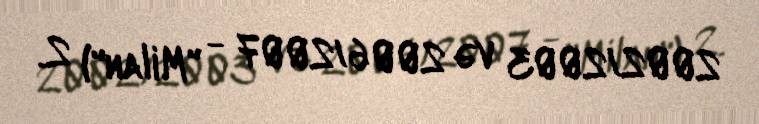
2002/2003 və 2006/2007 - "Milan") 2.